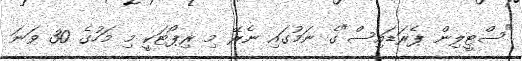
"ސްޓީލިން ޕެރަޑައިސް"ގެ ނަމުގައި ނެރޭ މި ރިޕޯޓަކީ މި މަހުގެ 30 ވަނަ